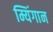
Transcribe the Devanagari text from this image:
म्यिंगान